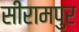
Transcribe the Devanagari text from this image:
सीरामपुर